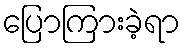
ပြောကြားခဲ့ရာ